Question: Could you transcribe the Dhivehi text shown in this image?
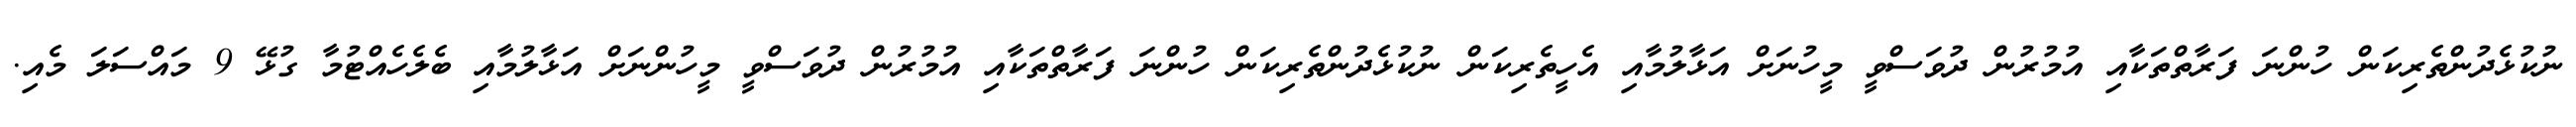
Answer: ނުކުޅެދުންތެރިކަން ހުންނަ ފަރާތްތަކާއި އުމުރުން ދުވަސްވީ މީހުނަށް އަޅާލުމާއި އެހީތެރިކަން ނުކުޅެދުންތެރިކަން ހުންނަ ފަރާތްތަކާއި އުމުރުން ދުވަސްވީ މީހުންނަށް އަޅާލުމާއި ބެލެހެއްޓުމާ ގުޅޭ 9 މައްސަލަ މެއި.